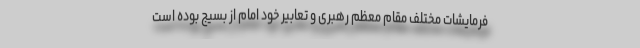
فرمایشات مختلف مقام معظم رهبری و تعابیر خود امام از بسیج بوده است